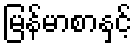
မြန်မာစာနှင့်